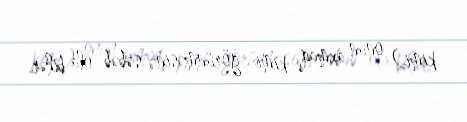
kimi) onun axmaq kimi görünməsinə səbəb ola bilər.